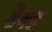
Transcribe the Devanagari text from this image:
हैक्ड